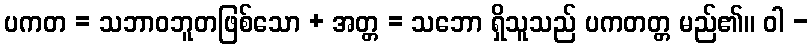
ပကတ = သဘာဝဘူတဖြစ်သော + အတ္တ = သဘော ရှိသူသည် ပကတတ္တ မည်၏။ ဝါ -